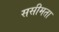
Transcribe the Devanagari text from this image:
ससीमता